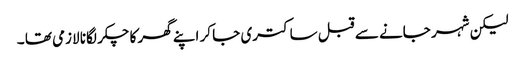
لیکن شہر جانے سے قبل ساکتری جا کر اپنے گھر کا چکر لگانا لازمی تھا ۔